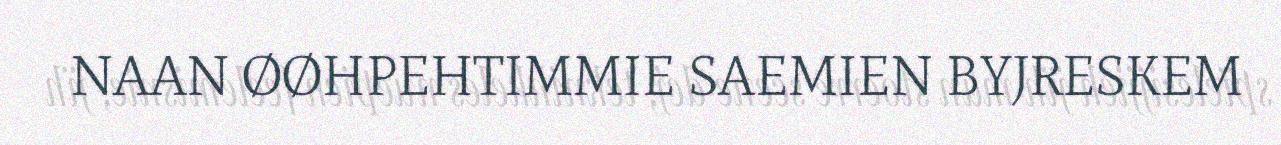
NAAN ØØHPEHTIMMIE SAEMIEN BYJRESKEM